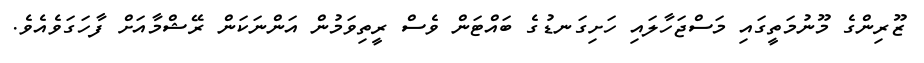
ޒޫރިންގެ މޫނުމަތީގައި މަސްޖަހާލައި ހަށިގަނޑުގެ ބައްޓަން ވެސް ރީތިވަމުން އަންނަކަން ރޭޝްމާއަށް ފާހަގަވެއެވެ.